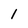
Character: 1